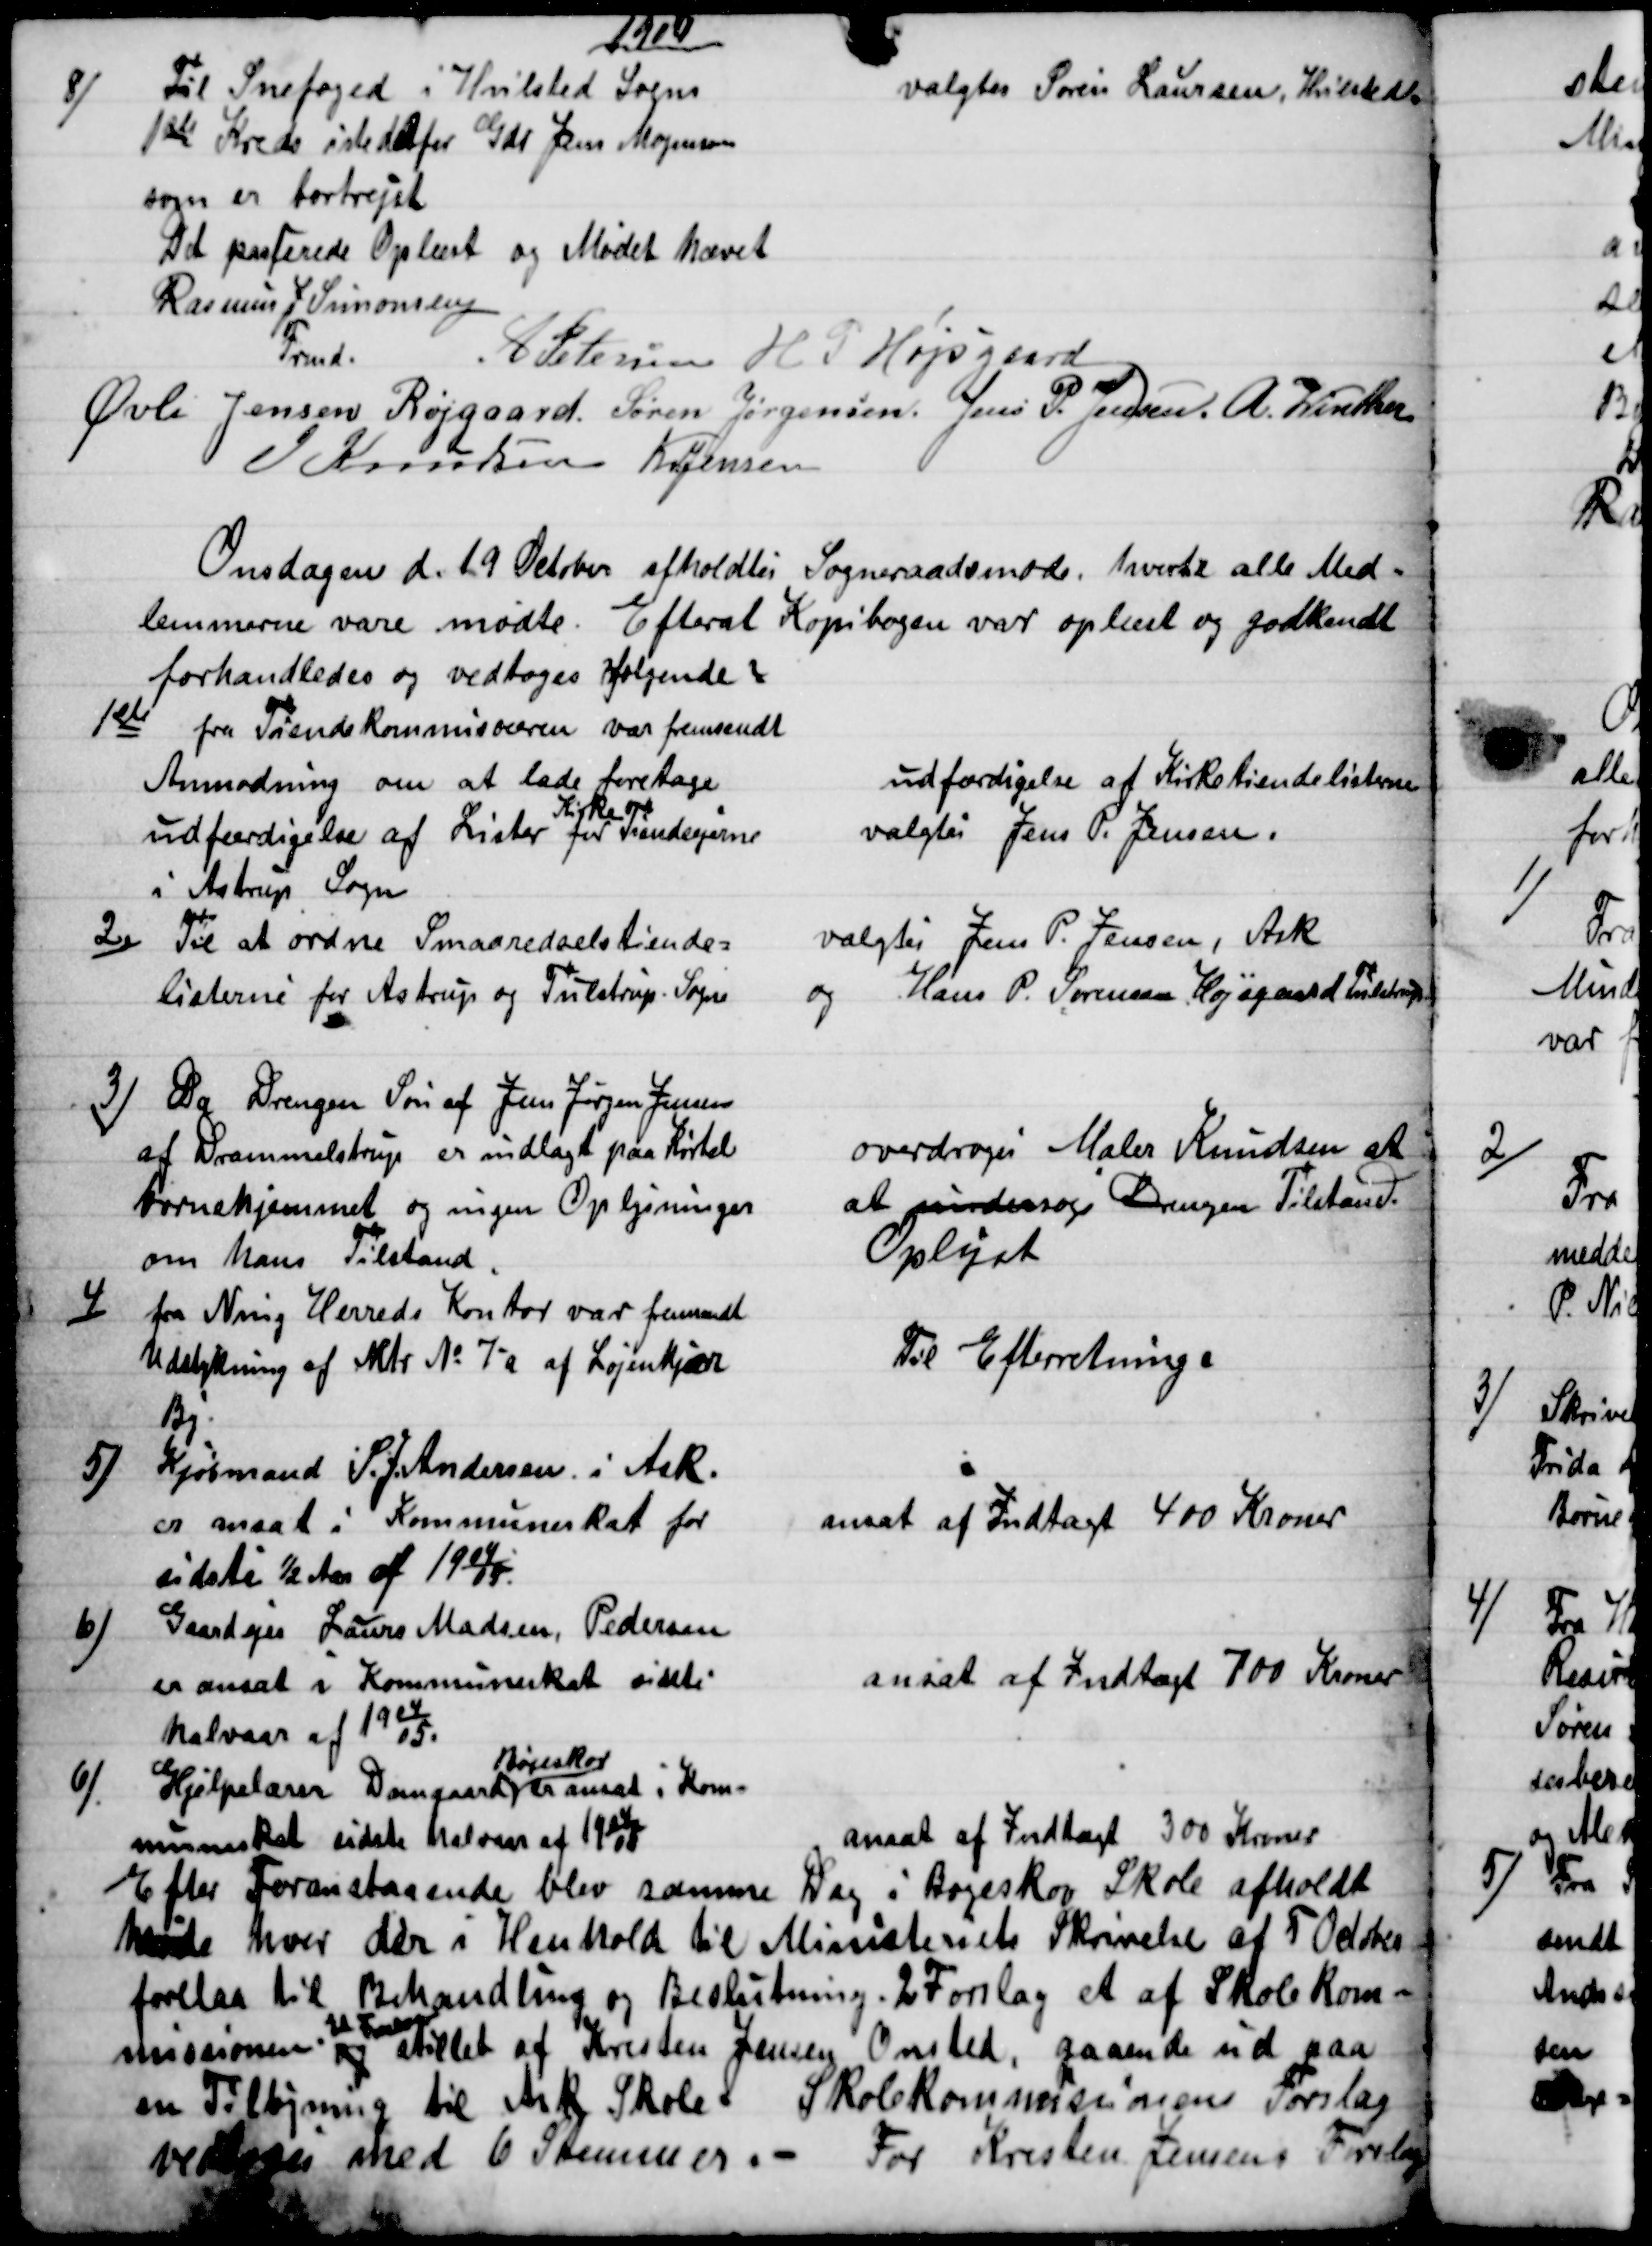
Transskription:
1904
8)
Til Snefoged i Hvilsted Sogns
1ste Kreds istedetfor Gdr Jens Mogensen
som er bortrejst
Det passerede Oplæst og Mødet hævet
valgtes Søren Laursen, Hvilsted.
Rasmus P. Simonsen
Frmd.
A Petersen H. P. Højsgaard
Øvli Jensen Røjgaard Søren Jørgensen Jens P. Jensen  A. Winther
J Knudsen Kr Jensen
Onsdagen d. 19 October afholdtes Sogneraadsmøde hvortil alle Med-
lemmerne vare mødte. Efterat Kopibogen var oplæst og godkendt
forhandledes og vedtoges følgende
1ste
fra Tiendekommisæren var fremsendt
Anmodning om at lade foretage
udfærdigelse af Lister for 
Kirke 
Tiendeejerne
i Astrup Sogn
udfærdigelse af Kirketiendelisterne
valgtes Jens P. Jensen.
2)
Til at ordne Smaaredselstiende=
listerne for Astrup og Tulstrup. Sogne
valgtes Jens P. Jensen, Ask
og Hans P. Sørensen Højsgaard Tulstrup
3)
Da Drengen Søn af Jens Jørgen Jensen
af Drammelstrup er indlagt paa Kirtel
børnehjemmet og ingen Oplysninger
om hans Tilstand.
overdroges Maler Knudsen at
at undersøge Drengen Tilstand.
Oplyst
4)
fra Ning Herreds Kontor var fremsendt
Udstykning af Mtr № 7a af Løjenkjær
By
Til Efterretning.
5)
Kjøbmand S. J. Andersen i Ask.
er ansat i Kommuneskat for
sidsti ½ Aar af 1904/05.
ansat af Indtægt 400 Kroner
6)
Gaardejer Laurs Madsen, Pedersen
er ansat i Kommuneskat sidsti
halvaar af 1904/05.
ansat af Indtægt 700 Kroner
6)
Hjelpelærer Damgaard
Bøgeskov
er ansat i Kom-
muneskat sidste halvaar af 1904/05
ansat af Indtægt 300 Kroner
Efter Foranstaaende blev samme Dag i Bøgeskov Skole afholdt
havde hver der i Henhold til Ministeriets Skrivelse af 5 October
forelaa til Behandling og Beslutning. 2 Forslag et af Skole Kom=
missionen. og 
Et Forslag
stillet af Kresten Jensen Onsted, gaaende ud paa
en Tilbyning til Ask Skole = Skolekommissionens Forslag
vedtoges med 6 Stemmer. - For Kresten Jensens Forslag